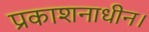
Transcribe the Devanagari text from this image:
प्रकाशनाधीन।